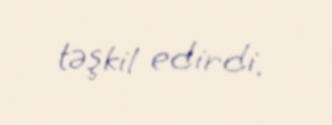
təşkil edirdi.